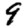
Digit: 9